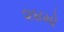
૨૪મો